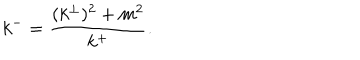
k ^ { - } = \frac { ( k ^ { \perp } ) ^ { 2 } + m ^ { 2 } } { k ^ { + } } .